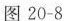
图20-8